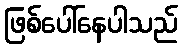
ဖြစ်ပေါ်နေပါသည်